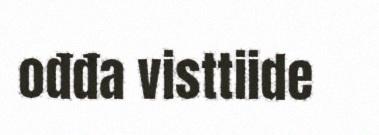
ođđa visttiide